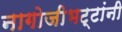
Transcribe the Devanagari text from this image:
नागोजीभट्टांनी